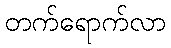
တက်ရောက်လာ